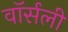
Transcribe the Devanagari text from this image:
वॉर्सली